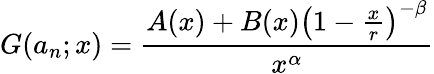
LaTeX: G(a_{n};x)={\frac{A(x)+B(x)\left(1-{\frac{x}{r}}\right)^{-\beta}}{x^{\alpha}}}